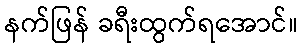
နက်ဖြန် ခရီးထွက်ရအောင်။